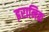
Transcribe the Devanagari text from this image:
इरानिक